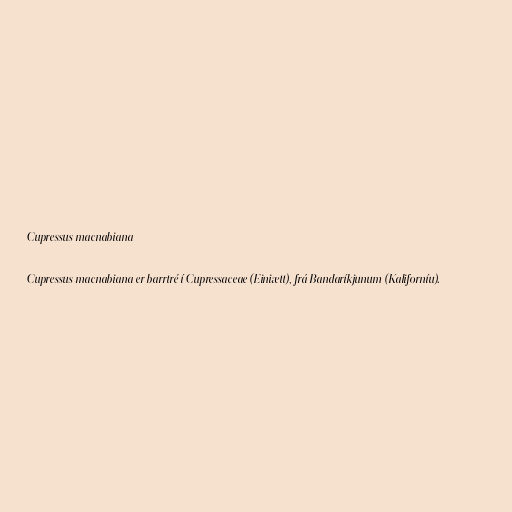
Cupressus macnabiana

Cupressus macnabiana er barrtré í Cupressaceae (Einiætt), frá Bandaríkjunum (Kaliforníu).